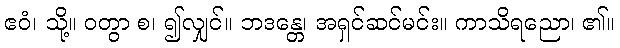
ဧဝံ၊ သို့။ ဝတွာ စ၊ ၍လျှင်။ ဘဒန္တေ၊ အရှင်ဆင်မင်း။ ကာသိရညော၊ ၏။